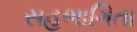
સહભાગિતા